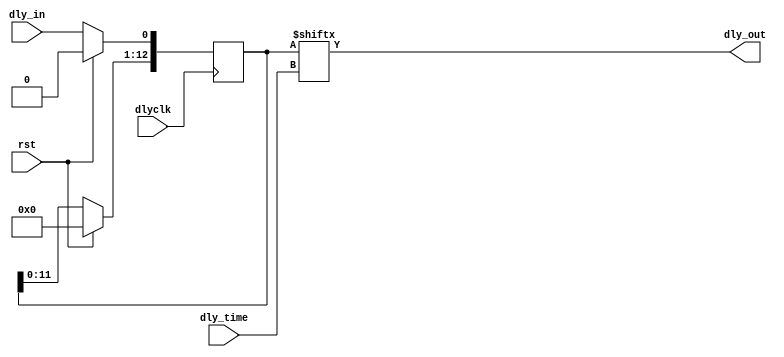
`timescale 1ns / 1ps
//////////////////////////////////////////////////////////////////////////////////
// Company: 
// Engineer: 
// 
// Design Name: 
// Module Name: delay_line
// Project Name: 
// Target Devices: 
// Tool Versions: 
// Description: 
// 
// Dependencies: 
// 
// Revision:
// Revision 0.01 - File Created
// Additional Comments:
// 
//////////////////////////////////////////////////////////////////////////////////


module dly_line #(
        parameter SHIFT_DEPTH = 13
    )
    (
        input dlyclk,
        input dly_in,
        input rst,
        input [7:0] dly_time,  //real delay = (dly_time+1) * dlyclk's clock cycle time
        output dly_out
    );
    
    reg [SHIFT_DEPTH-1:0] ShiftReg;
    

    assign    dly_out =  ShiftReg[dly_time];
    always @(posedge dlyclk) begin
        if (rst) begin
//            ShiftReg <= 0;        
//            ShiftReg[SHIFT_DEPTH-1:0] <= 0;
            ShiftReg <= {SHIFT_DEPTH{1'b0}};
        end 
        else begin
            ShiftReg[0] <= dly_in;
            ShiftReg[SHIFT_DEPTH-1:1] <= ShiftReg[SHIFT_DEPTH-2:0];
        end
        
    end 
endmodule